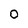
Character: 0